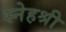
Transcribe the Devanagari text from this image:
स्नेहश्री